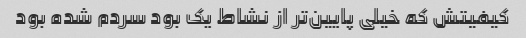
کیفیتش که خیلی پایین‌تر از نشاط یک بود سردم شده بود